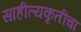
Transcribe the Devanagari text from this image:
साहीत्यकृतींचा